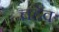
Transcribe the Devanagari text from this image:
चद्देव